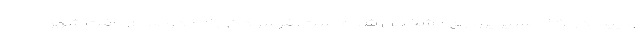
واپیما در ۲۲۷ مسیر پروازی مشخص شده است. فرسودگی ۴۳ درصدی بافت شهر